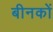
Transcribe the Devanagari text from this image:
बीनकों